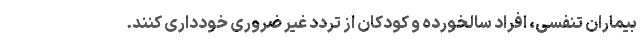
بیماران تنفسی، افراد سالخورده و کودکان از تردد غیر ضروری خودداری کنند.